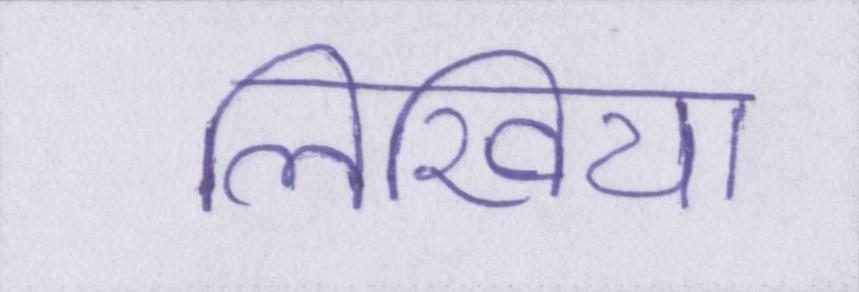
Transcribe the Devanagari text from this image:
लिखिया